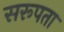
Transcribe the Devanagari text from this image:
सरूपता